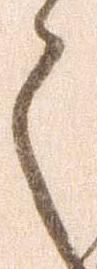
之